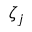
\zeta _ { j }